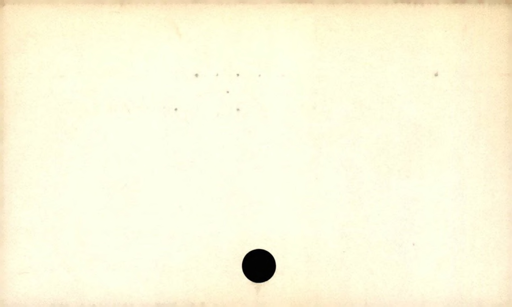
Label: blank